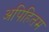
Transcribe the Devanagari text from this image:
अपिहितम